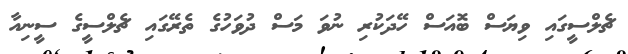
ޗެލްސީގައި ވިޔަސް ބޮއަސް ހޭދަކުރި ނުވަ މަސް ދުވަހުގެ ތެރޭގައި ޗެލްސީގެ ސީނިއާ